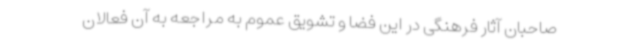
صاحبان آثار فرهنگی در این فضا و تشویق عموم به مراجعه به آن فعالان